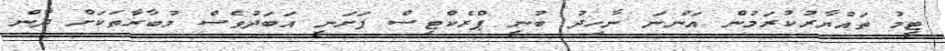
ޓީމު ތައްޔާރުކުރަމުން އަންނަ ނާހިދު ބުނީ ޕްރެކްޓިސް ފަށަނީ އަބަދުވެސް މުބާރާތަކަށް ދާން